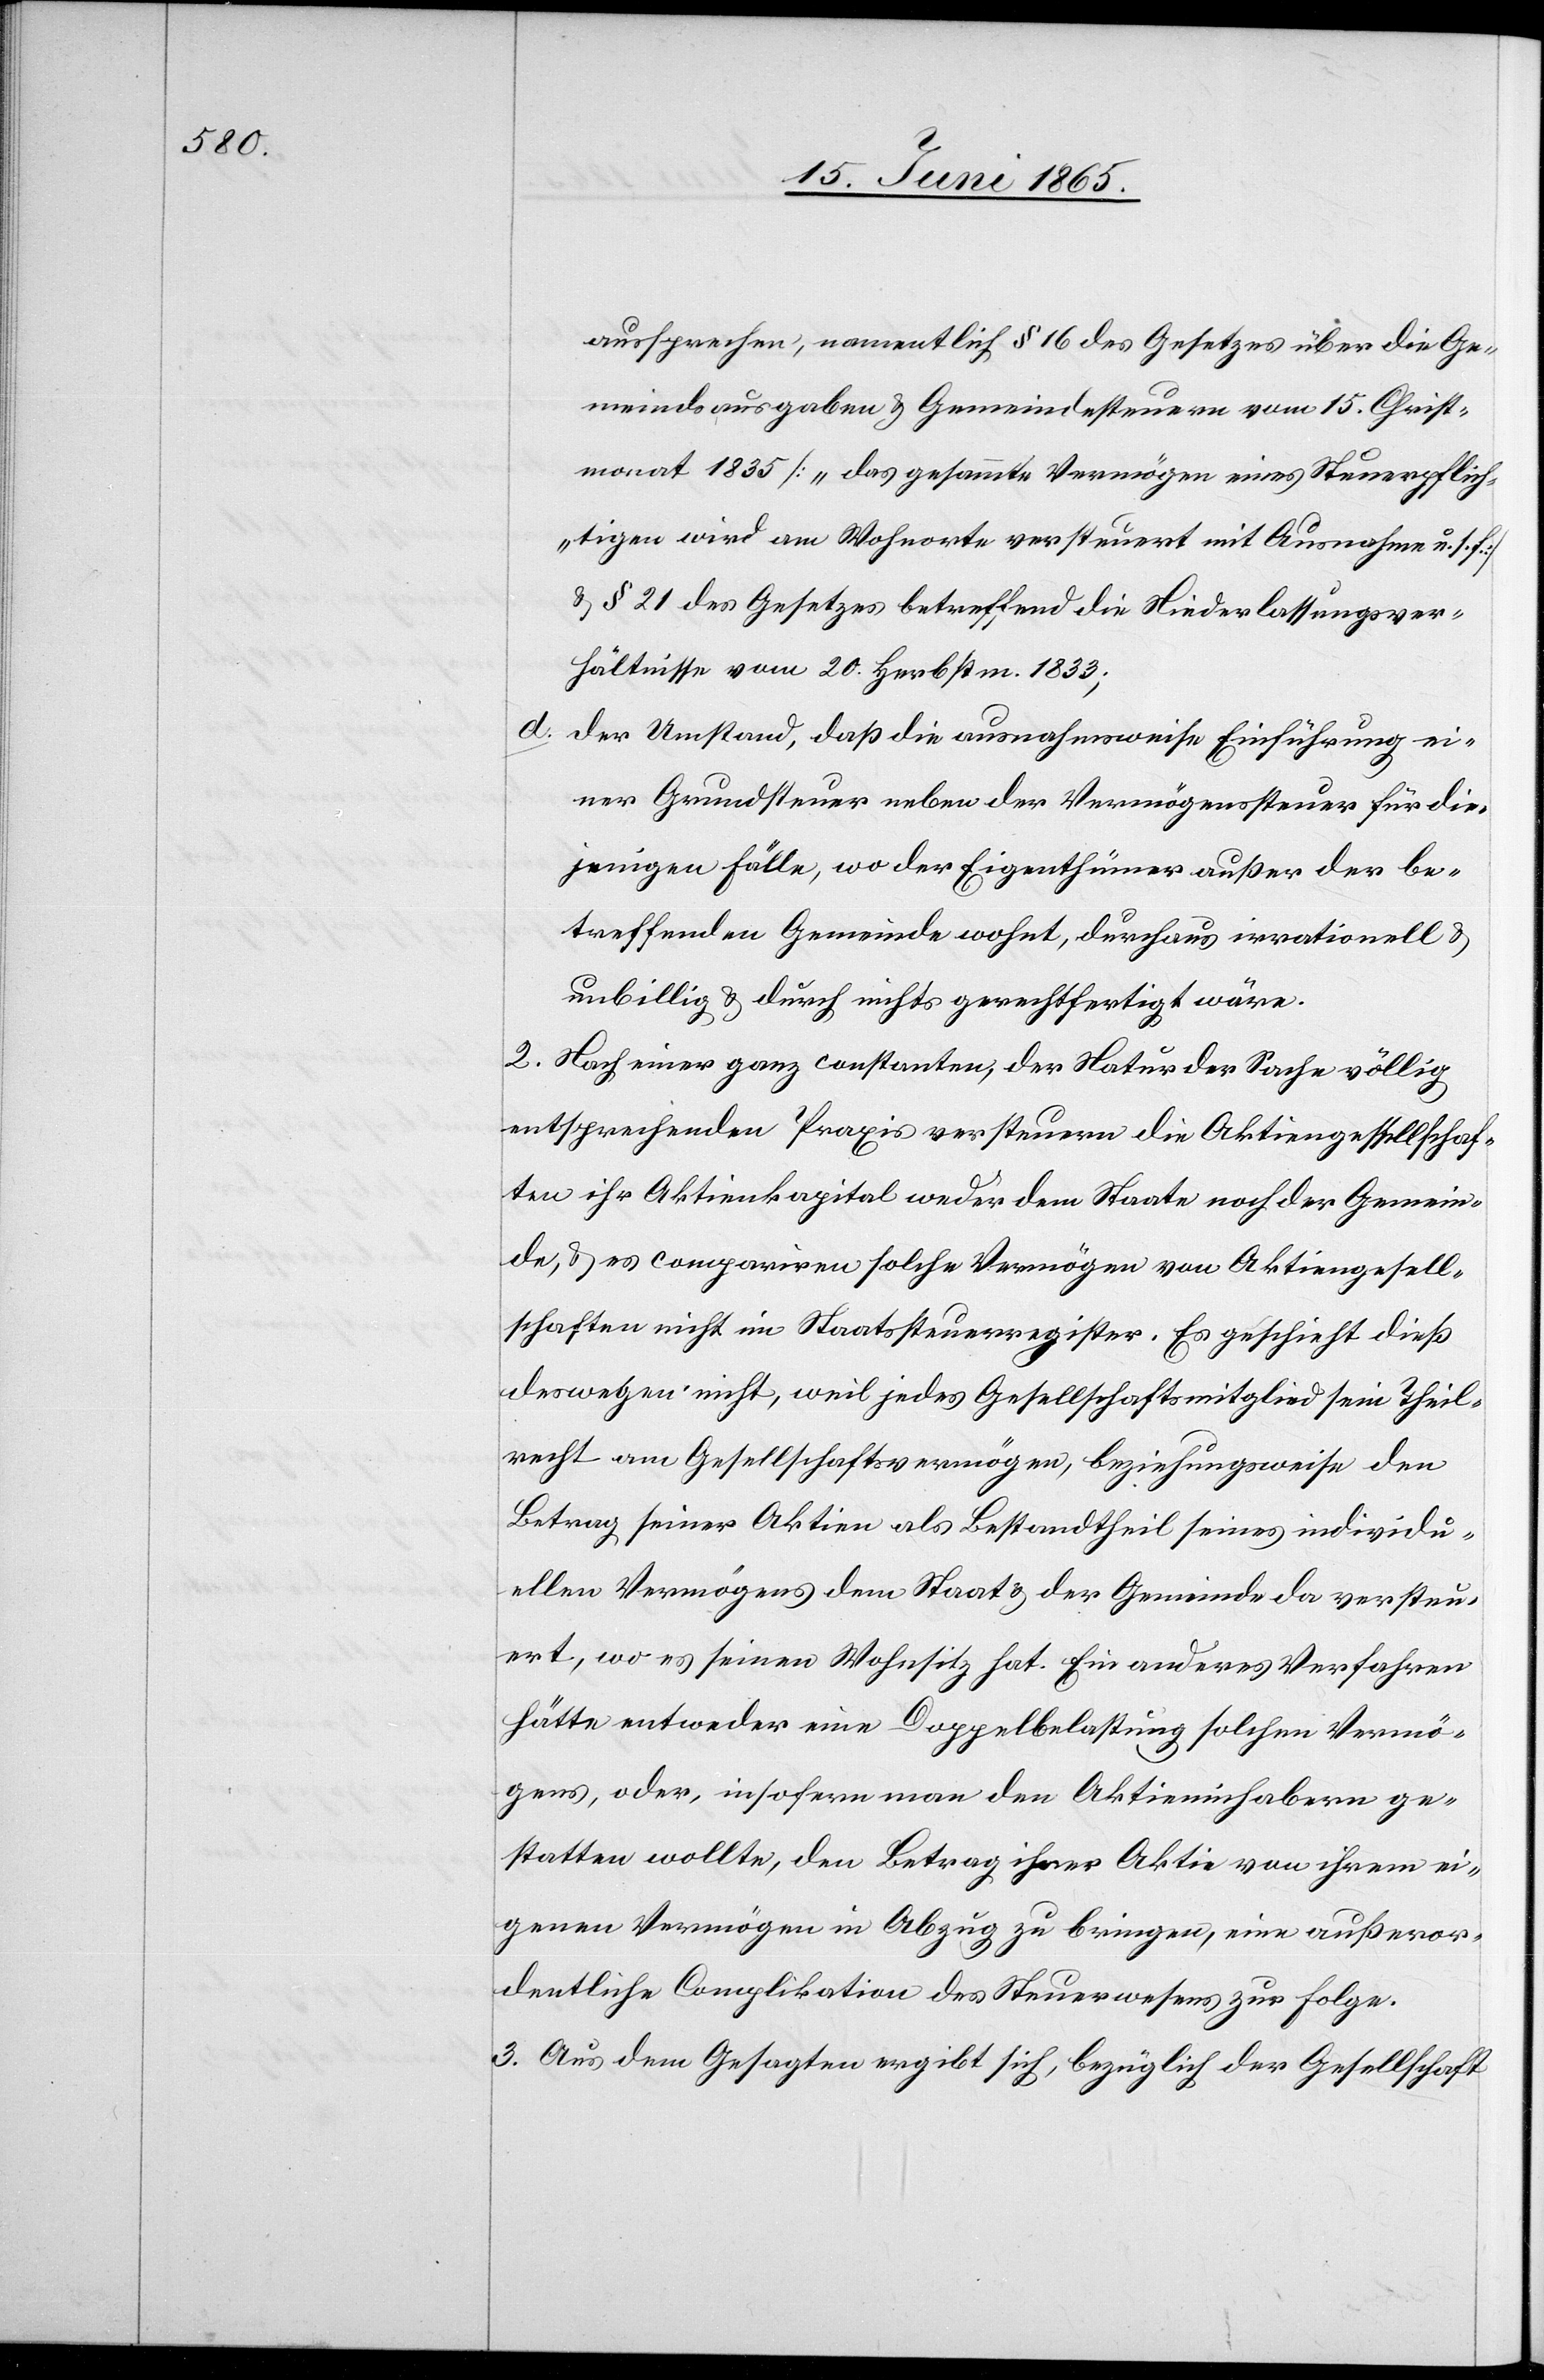
aussprechen, namentlich § 16 des Gesetzes über die Ge¬
meindsausgaben & Gemeindesteuern vom 15. Christ¬
monat 1835 [„das gesammte Vermögen eines Steuerpflich¬
tigen wird am Wohnorte versteuert mit Ausnahme u. s. f.]
& § 21 des Gesetzes betreffend die Niederlassungsver¬
hältnisse vom 20. Herbstm. 1833;
d. Der Umstand, daß die ausnahmsweise Einführung ei¬
ner Grundsteuer neben der Vermögenssteuer für die¬
jenigen Fälle, wo der Eigenthümer außer der be¬
treffenden Gemeinde wohnt, durchaus irrationell &
unbillig & durch nichts gerechtfertigt wäre.
2. Nach einer ganz constanten, der Natur der Sache völlig
entsprechenden Praxis versteuern die Aktiengesellschaf¬
ten ihr Aktienkapital weder dem Staate noch der Gemein¬
de, & es compariren solche Vermögen von Aktiengesell¬
schaften nicht im Staatssteuerregister. Es geschieht dieß
deswegen nicht, weil jedes Gesellschaftsmitglied sein Theil¬
recht am Gesellschaftsvermögen, beziehungsweise den
Betrag seiner Aktien als Bestandtheil seines individu¬
ellen Vermögens dem Staat & der Gemeinde da versteu¬
ert, wo es seinen Wohnsitz hat. Ein anderes Verfahren
hätte entweder eine Doppelbelastung solchen Vermö¬
gens, oder, insofern man den Aktieninhabern ge¬
statten wollte, den Betrag ihrer Aktie von ihrem ei¬
genen Vermögen in Abzug zu bringen, eine außeror¬
dentliche Complikation des Steuerwesens zur Folge.
3. Aus dem Gesagten ergibt sich, bezüglich der Gesellschaft